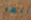
أنها